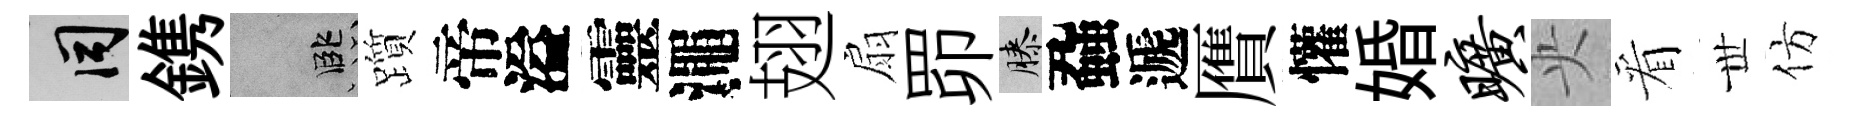
间鎸孟躓帝溢靈澠翅扇𦊑膝蝨遞贋懽婚旷央看𠀍仿